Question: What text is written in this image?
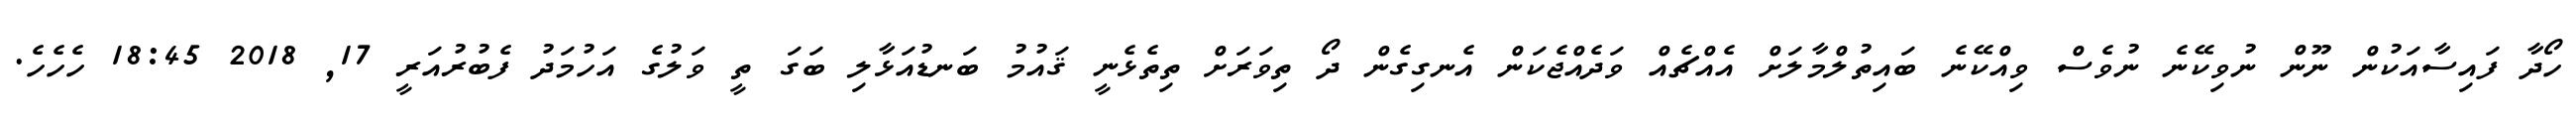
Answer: ހޯދާ ފައިސާއަކުން ނޫން ނުވިކޭނެ ނުވެސް ވިއްކޭނެ ބައިތުލްމާލަށް އެއްޗެއް ވަދެއްޖެކަން އެނގިގެން ދޯ ތިވަރަށް ތިތެޅެނީ ޤައުމު ބަނޑުއަޅާލި ބަގަ ތީ ވަލުގެ އަހުމަދު ފެބުރުއަރީ 17, 2018 18:45 ހެހެހެ.